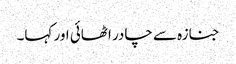
جنازہ سے چادر اٹھائی اور کہا۔